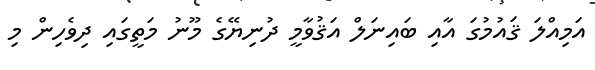
އަމިއްލަ ޤައުމުގަ އާއި ބައިނަލް އަޤުވާމީ ދުނިޔޭގެ މޫނު މަތީގައި ދިވެހިން މި